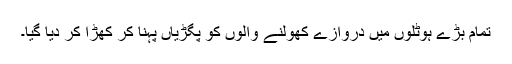
تمام بڑے ہوٹلوں میں دروازے کھولنے والوں کو پگڑیاں پہنا کر کھڑا کر دیا گیا۔